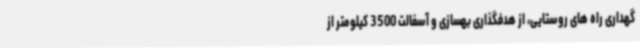
گهداری راه های روستایی، از هدفگذاری بهسازی و آسفالت 3500 کیلومتر از